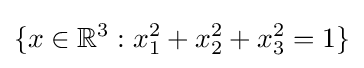
\{x\in \mathbb {R} ^{3}:x_{1}^{2}+x_{2}^{2}+x_{3}^{2}=1\}